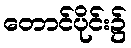
တောင်ပိုင်း၌